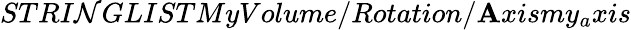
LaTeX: STRI\mathcal{N}GLISTMyVolume/Rotation/\mathbf{A}xismy_{a}xis